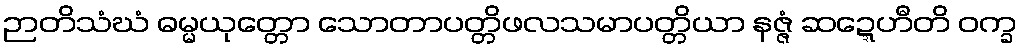
ဉာတိသံဃံ ဓမ္မယုတ္တော သောတာပတ္တိဖလသမာပတ္တိယာ နဇ္ဇံ ဆဍ္ဍေဟီတိ ဝက္ခ